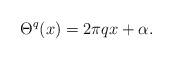
LaTeX: \begin{align*} \Theta^q(x) = 2\pi q x + \alpha. \end{align*}